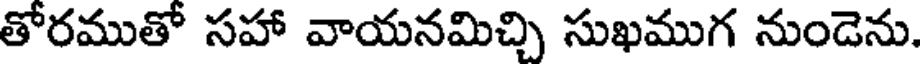
తోరముతో సహా వాయనమిచ్చి సుఖముగ నుండెను